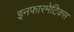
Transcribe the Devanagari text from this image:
इनफारमेटिक्स